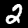
Label: 2